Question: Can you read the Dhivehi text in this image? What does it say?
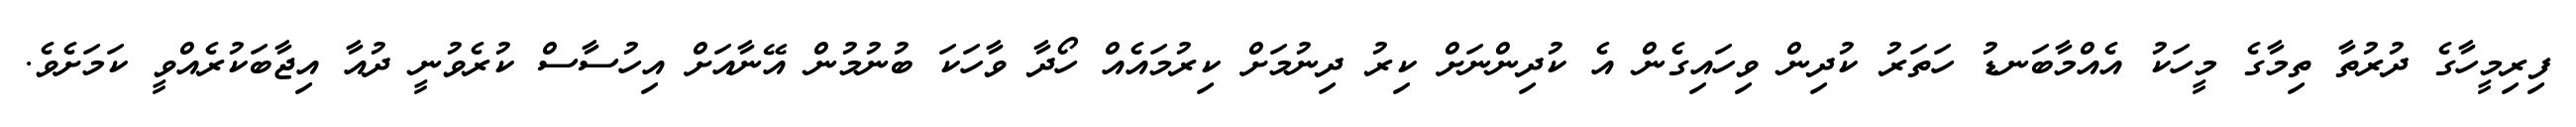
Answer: ފިރިމީހާގެ ދުރުތާ ތިމާގެ މީހަކު އެއްމާބަނޑު ހަތަރު ކުދިން ވިހައިގެން އެ ކުދިންނަށް ކިރު ދިނުމަށް ކިރުމައެއް ހޯދާ ވާހަކަ ބުނުމުން އޭނާއަށް އިހުސާސް ކުރެވުނީ ދުއާ އިޖާބަކުރެއްވީ ކަމަށެވެ.